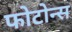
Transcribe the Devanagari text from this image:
फोटोन्स